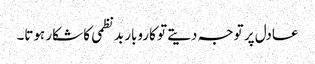
عادل پر توجہ دیتے تو کاروبار بدنظمی کا شکار ہوتا۔